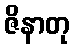
ဇိနာတု